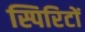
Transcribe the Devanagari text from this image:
स्पिरिटों